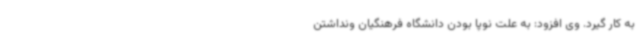
به کار گیرد. وی افزود: به علت نوپا بودن دانشگاه فرهنگیان ونداشتن